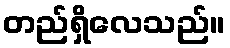
တည်ရှိလေသည်။